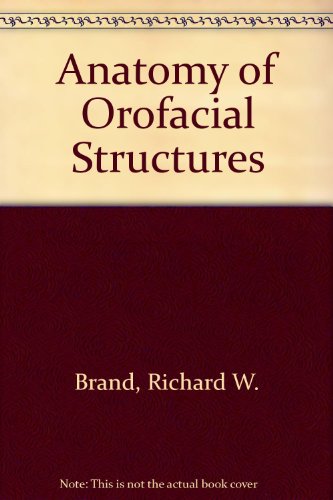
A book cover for Anatomy of Orofacial Structures; Richard W. Brand; Medical Books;